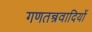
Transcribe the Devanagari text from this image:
गणतन्त्रवादियों